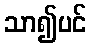
သာ၍ပင်